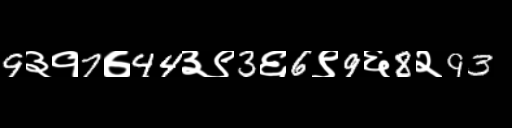
Text: 9३१7७44३९3६6९9६8२93